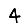
Digit: 4